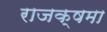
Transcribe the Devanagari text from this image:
राजक्षमा